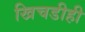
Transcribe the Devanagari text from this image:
खिचडीही